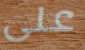
على